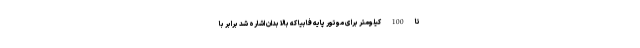
تا 100 کیلومتر برای موتور پایه فابیا که بالا بدان اشاره شد برابر با